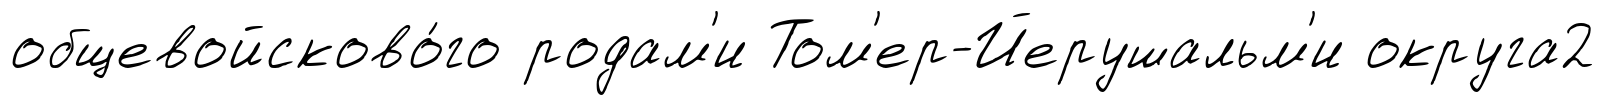
общевойсково́го родам'и Том'ер-Йерушальм'и округа2